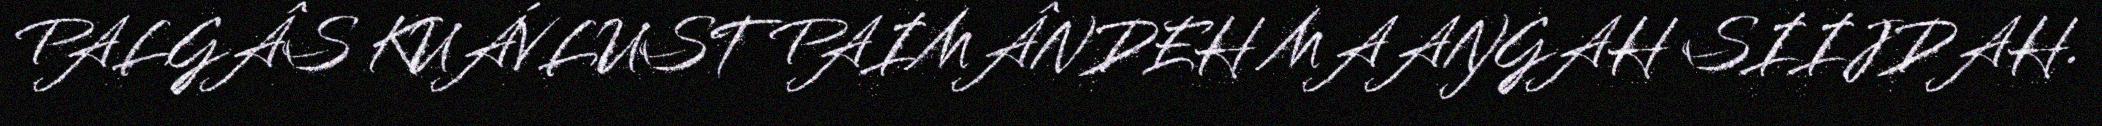
PALGÂS KUÁVLUST PAIMÂNDEH MAAŊGAH SIIJDAH.